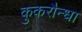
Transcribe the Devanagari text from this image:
कुकरौन्धा